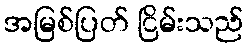
အမြစ်ပြတ် ငြိမ်းသည်